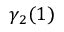
\gamma _ { 2 } ( 1 )